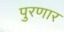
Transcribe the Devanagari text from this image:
पुरणार